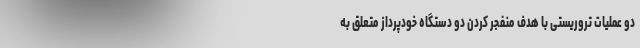
دو عملیات تروریستی با هدف منفجر کردن دو دستگاه خودپرداز متعلق به